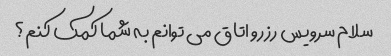
سلام سرویس رزرو اتاق می توانم به شما کمک کنم؟